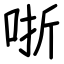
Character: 哳